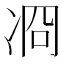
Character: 㓏